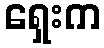
ရှေးက